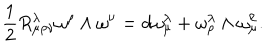
\frac { 1 } { 2 } R _ { \mu \rho \nu } ^ { \lambda } \omega ^ { \rho } \wedge \omega ^ { \nu } = d \omega _ { \mu } ^ { \lambda } + \omega _ { \rho } ^ { \lambda } \wedge \omega _ { \mu } ^ { \rho } .